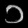
Digit: ၁